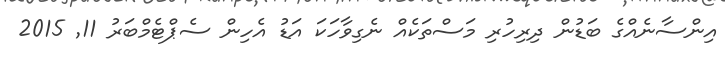
އިންސާނެއްގެ ބަޑުން ދިރިހުރި މަސްތަކެއް ނެގިވާހަކަ އަޑު އެހިން ސެޕްޓެމްބަރު 11